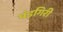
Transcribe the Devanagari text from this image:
पंडगिरी